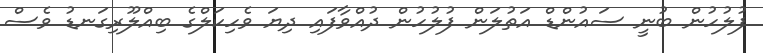
ފުލުހުން ބުނީ ސައުންޑް އަތުލަން ފުލުހުން ދުއްވާފައި ދިޔަ ވެހިކަލްގެ ބިއްލޫރިގަނޑު ވެސް